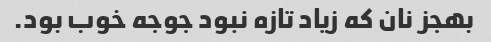
بهجز نان که زیاد تازه نبود جوجه خوب بود.